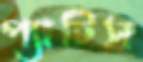
প্যাটিস